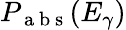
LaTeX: P_{\mathrm{~a~b~s~}}(E_{\gamma})